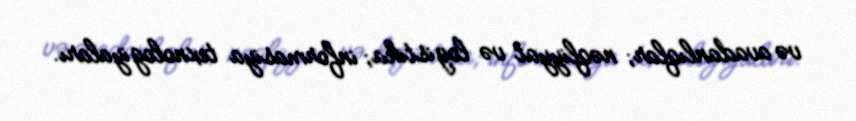
və avadanlıqlar; nəqliyyat və logistika; informasiya texnologiyaları.